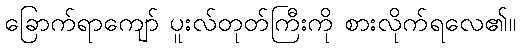
ခြောက်ရာကျော် ပူးလ်တုတ်ကြီးကို စားလိုက်ရလေ၏။